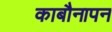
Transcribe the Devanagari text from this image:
काबौनापन